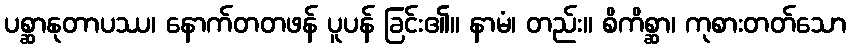
ပစ္ဆာနုတာပဿ၊ နောက်တတဖန် ပူပန် ခြင်း၏။ နာမံ၊ တည်း။ စိကိစ္ဆာ၊ ကုစားတတ်သော